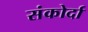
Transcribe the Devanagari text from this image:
संकोर्दा